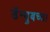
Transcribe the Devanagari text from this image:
डॅन्युबच्या